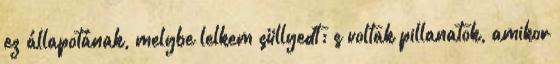
ez állapotának, melybe lelkem süllyedt; s voltak pillanatok, amikor